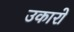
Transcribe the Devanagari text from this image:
उकारो